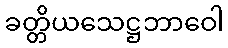
ခတ္တိယသေဋ္ဌဘာဝေါ